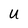
Character: U